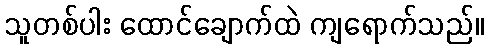
သူတစ်ပါး ထောင်ချောက်ထဲ ကျရောက်သည်။